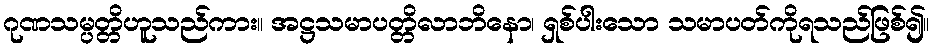
ဂုဏသမ္ပတ္တိဟူသည်ကား။ အဋ္ဌသမာပတ္တိလာဘိနော၊ ရှစ်ပါးသော သမာပတ်ကိုရသည်ဖြစ်၍။